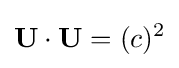
\mathbf {U} \cdot \mathbf {U} =(c)^{2}